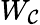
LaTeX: W_{\mathcal{C}}